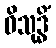
ဝိသုဒ္ဓိံ